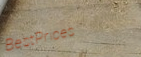
BestPrices